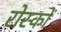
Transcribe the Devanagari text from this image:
रोस्कों